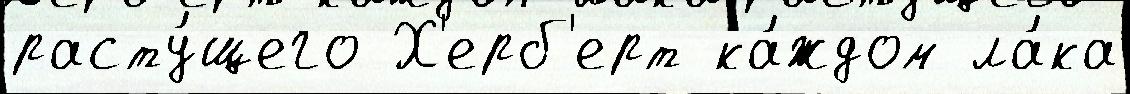
расту́щего Х'ерб'ерт ка́ждом ла́ка